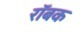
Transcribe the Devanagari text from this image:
रॉबक